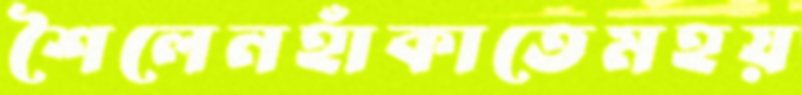
শৈলেনহাঁকাতেমহয়